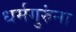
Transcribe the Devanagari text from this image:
धर्मगुरुंना